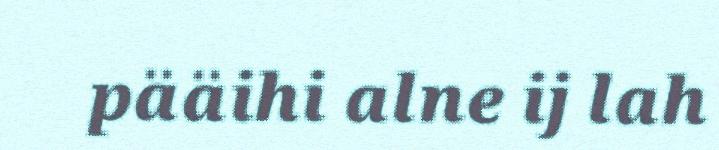
pääihi alne ij lah